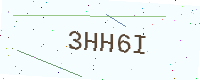
Text: 3HH6I